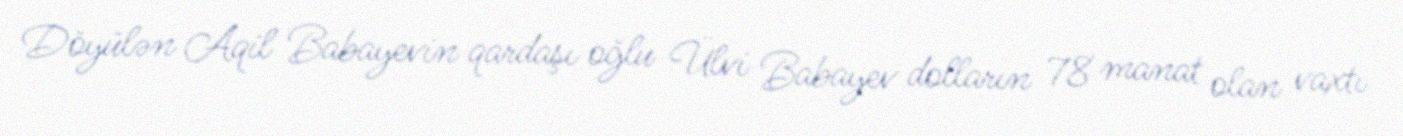
Döyülən Aqil Babayevin qardaşı oğlu Ülvi Babayev dolların 78 manat olan vaxtı